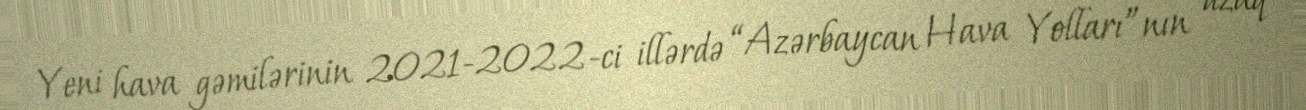
Yeni hava gəmilərinin 2021-2022-ci illərdə “Azərbaycan Hava Yolları”nın uzaq